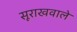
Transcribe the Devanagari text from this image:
सूराखवाले